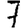
Digit: 7